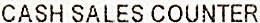
CASH SALES COUNTER